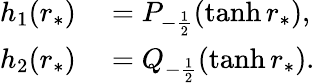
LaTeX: \begin{array}{rl}{h_{1}(r_{*})}&{{}=P_{-\frac{1}{2}}(\operatorname{tanh}r_{*}),}\\ {h_{2}(r_{*})}&{{}=Q_{-\frac{1}{2}}(\operatorname{tanh}r_{*}).}\end{array}